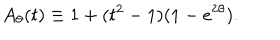
LaTeX: A _ { \theta } ( t ) \equiv 1 + ( t ^ { 2 } - 1 ) ( 1 - e ^ { 2 \theta } ) .